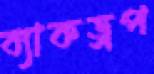
ব্যাকড্রপ